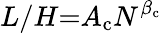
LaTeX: L/H{=}A_{\mathrm c}N^{\beta_{\mathrm c}}